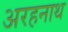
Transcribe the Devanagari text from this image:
अरहनाथ